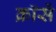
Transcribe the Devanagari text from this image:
क्रॉसें